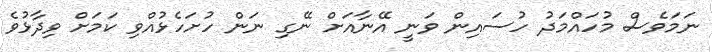
ނަމަވެސް މުހައްމަދު ހުސައިން ވަނީ އޭނާއަށް ނޭގި ނަން ހުށަހެޅުއްވި ކަމަށް ވިދާޅުވެ